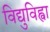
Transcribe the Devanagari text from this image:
विद्युविह्वा